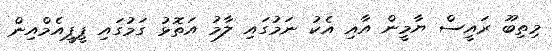
މިތިބޫ ރައީސް ޔާމީން އާއި އެކު ނަމުގައި ލާމު އަތޮޅު ގަމުގައި ޕީޕީއެމްއިން